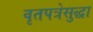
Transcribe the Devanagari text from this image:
वृतपत्रेसुद्धा